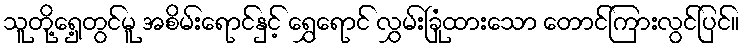
သူတို့ရှေ့တွင်မူ အစိမ်းရောင်နှင့် ရွှေရောင် လွှမ်းခြုံထားသော တောင်ကြားလွင်ပြင်။